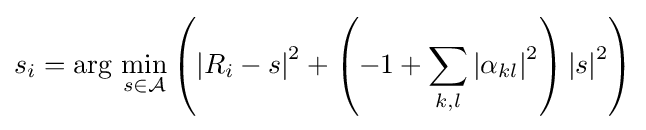
s_{i}=\arg {}\min _{s\in {\mathcal {A}}}\left(\left|R_{i}-s\right|^{2}+\left(-1+\sum _{k,l}^{}\left|\alpha _{kl}\right|^{2}\right)\left|s\right|^{2}\right)